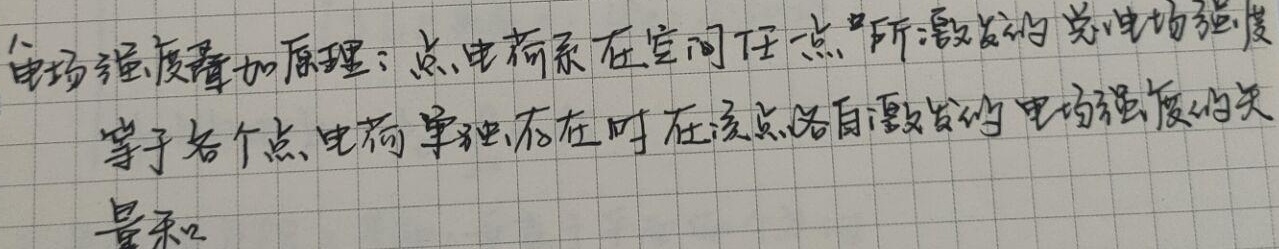
电场强度叠加原理：点电荷系在空间任一点所激发的总电场强度等于各个点电荷单独存在时在该点各自激发的电场强度的矢量和。